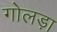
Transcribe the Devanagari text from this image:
गोलड़ा